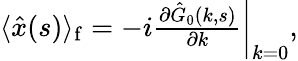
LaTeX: \begin{array}{r}{\langle\hat{x}(s)\rangle_{\mathrm{f}}=\left.-i\frac{\partial\hat{G}_{0}(k,s)}{\partial k}\right|_{k=0},}\end{array}